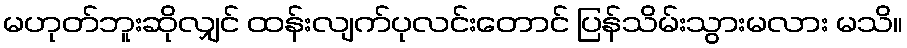
မဟုတ်ဘူးဆိုလျှင် ထန်းလျက်ပုလင်းတောင် ပြန်သိမ်းသွားမလား မသိ။